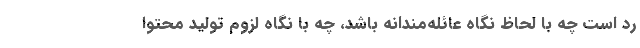
رد است چه با لحاظ نگاه عائله‌مندانه باشد، چه با نگاه لزوم تولید محتوا